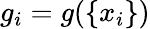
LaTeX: g_{i}=g(\{ x_{i}\} )